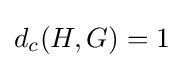
d_{c}(H,G)=1